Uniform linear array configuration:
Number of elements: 4
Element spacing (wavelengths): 0.75
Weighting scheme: cosine
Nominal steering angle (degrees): -60
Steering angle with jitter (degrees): -58.082
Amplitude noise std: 0.05
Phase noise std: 0.05

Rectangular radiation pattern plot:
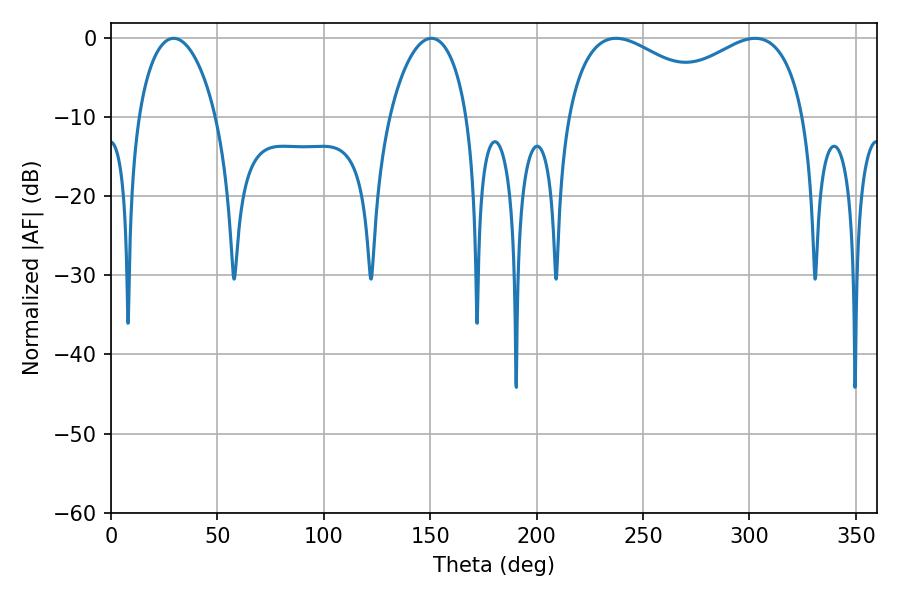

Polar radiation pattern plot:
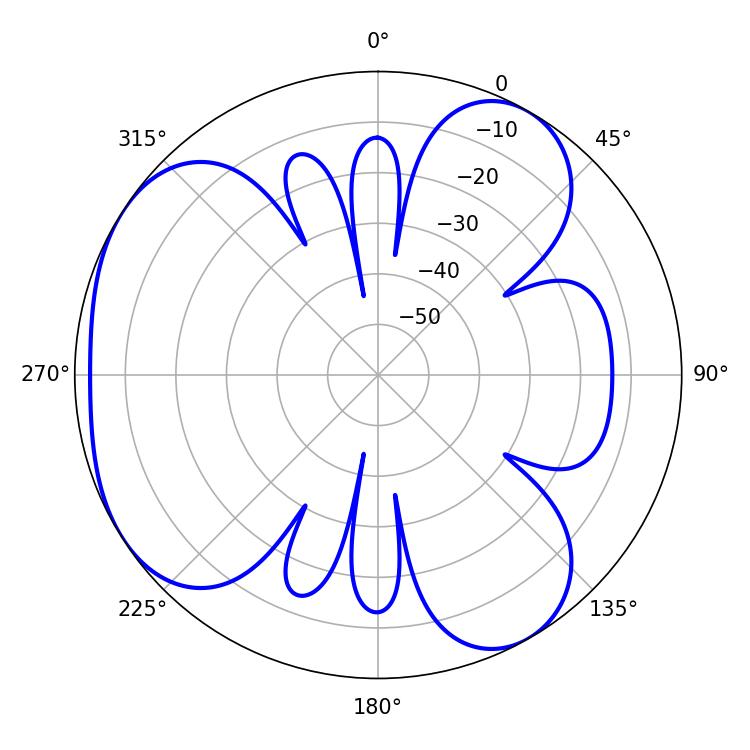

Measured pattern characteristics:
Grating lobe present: TRUE
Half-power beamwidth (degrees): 44.82
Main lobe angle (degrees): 237.24